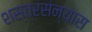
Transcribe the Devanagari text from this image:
शस्त्रसंन्यास